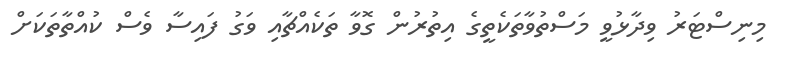
މިނިސްޓަރު ވިދާޅުވީ މަސްތުވާތަކެތީގެ އިތުރުން ގޮވާ ތަކެއްޗާއި ވަގު ފައިސާ ވެސް ކުއްތާތަކަށް